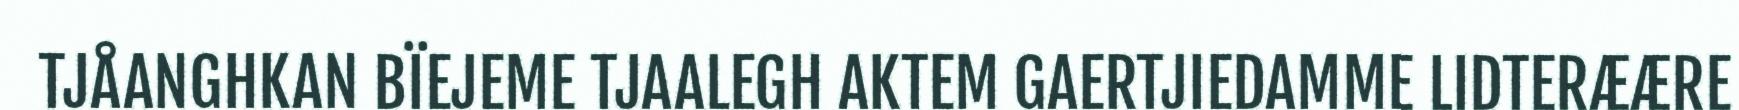
TJÅANGHKAN BÏEJEME TJAALEGH AKTEM GAERTJIEDAMME LIDTERÆÆRE